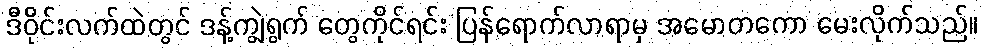
ဒီဝိုင်းလက်ထဲတွင် ဒန့်ကျွဲရွက် တွေကိုင်ရင်း ပြန်ရောက်လာရာမှ အမောတကော မေးလိုက်သည်။